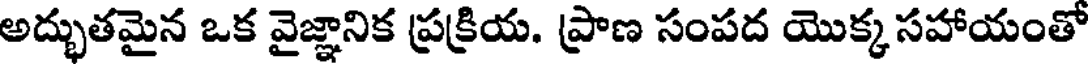
అద్భుతమైన ఒక వైజ్ఞానిక ప్రక్రియ. ప్రాణ సంపద యొక్కసహాయంతో